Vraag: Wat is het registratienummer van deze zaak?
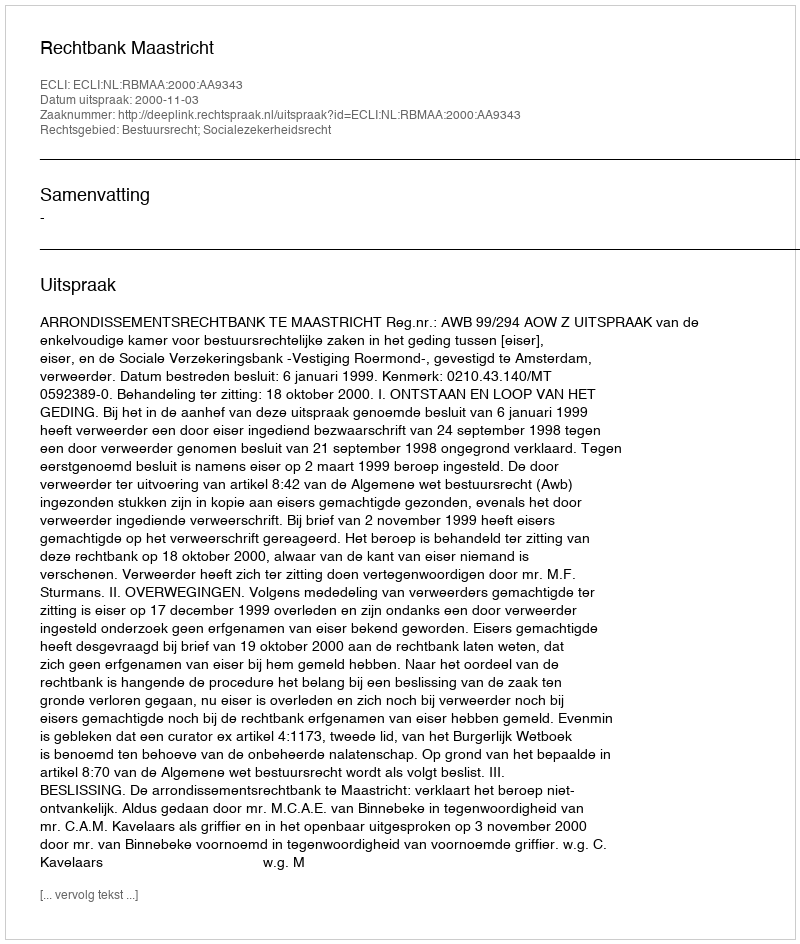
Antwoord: http://deeplink.rechtspraak.nl/uitspraak?id=ECLI:NL:RBMAA:2000:AA9343